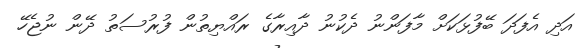
އަދި އެފަދަ ބޭފުޅަކަށް މާފަންނު ދެކުނު ދާއިރާގެ ރައްޔިތުން ފުރުސަތު ދޭން ނުޖެހޭ